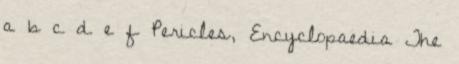
a b c d e f Pericles, Encyclopaedia The